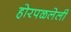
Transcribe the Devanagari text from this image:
होरपळलेली